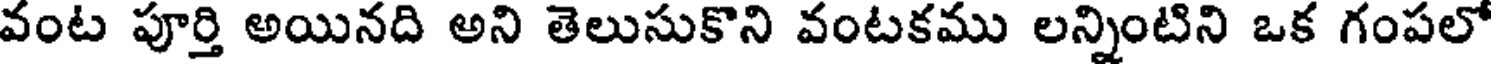
వంట పూర్తి అయినది అని తెలుసుకొని వంటకము లన్నింటిని ఒక గంపలో